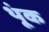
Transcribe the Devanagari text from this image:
थूंक